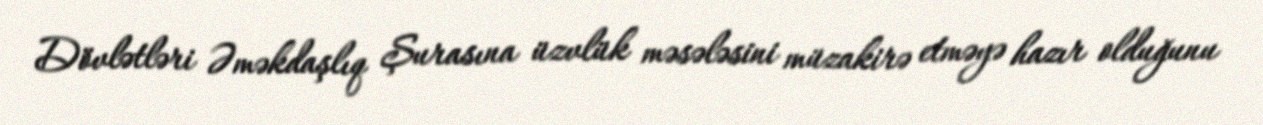
Dövlətləri Əməkdaşlıq Şurasına üzvlük məsələsini müzakirə etməyə hazır olduğunu